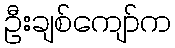
ဦးချစ်ကျော်က